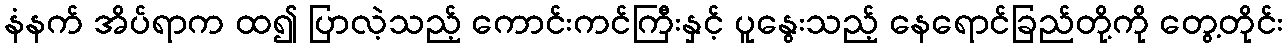
နံနက် အိပ်ရာက ထ၍ ပြာလဲ့သည့် ကောင်းကင်ကြီးနှင့် ပူနွေးသည့် နေရောင်ခြည်တို့ကို တွေ့တိုင်း